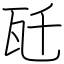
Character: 瓩